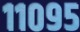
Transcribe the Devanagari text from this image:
११०९५